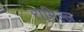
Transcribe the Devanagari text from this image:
रामिल्ल